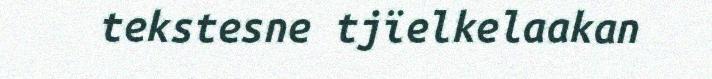
tekstesne tjïelkelaakan